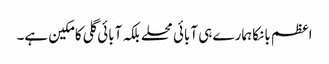
اعظم بانکا ہمارے ہی آبائی محلے بلکہ آبائی گلی کا مکین ہے۔